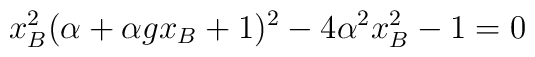
x_B^2 (\alpha +\alpha gx_B +1)^2 -4\alpha^{2} x_B^2 -1 =0